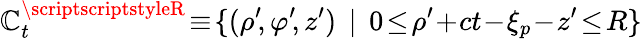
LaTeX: {\cal\mathbb{C}}_{t}^{\scriptscriptstyleR}\! \equiv\! \{ (\rho^{\prime}\! ,\varphi^{\prime}\! ,z^{\prime})\: \: |\: \: 0\! \le\! \rho^{\prime}\! +\! ct\! -\! \xi_{p}\! -\! z^{\prime}\! \le\! R\}